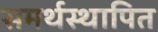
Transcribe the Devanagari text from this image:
समर्थस्थापित